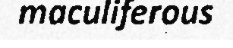
maculiferous